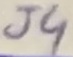
Text: J4